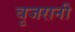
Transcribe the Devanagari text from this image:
वृजरानी